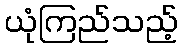
ယုံကြည်သည့်